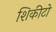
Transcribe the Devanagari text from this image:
शिकीटो